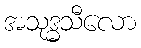
အသုဒ္ဓသီလော